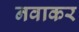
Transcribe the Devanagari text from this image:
नवाकर